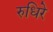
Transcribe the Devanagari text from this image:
रुधिरे